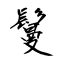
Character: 鬘